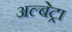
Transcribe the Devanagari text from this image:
अल्बेट्रा